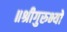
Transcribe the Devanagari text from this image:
॥श्रीगुरुभ्यो